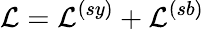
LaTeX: {\cal L}={\cal L}^{(sy)}+{\cal L}^{(sb)}